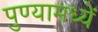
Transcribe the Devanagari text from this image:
पुण्यामध्यें